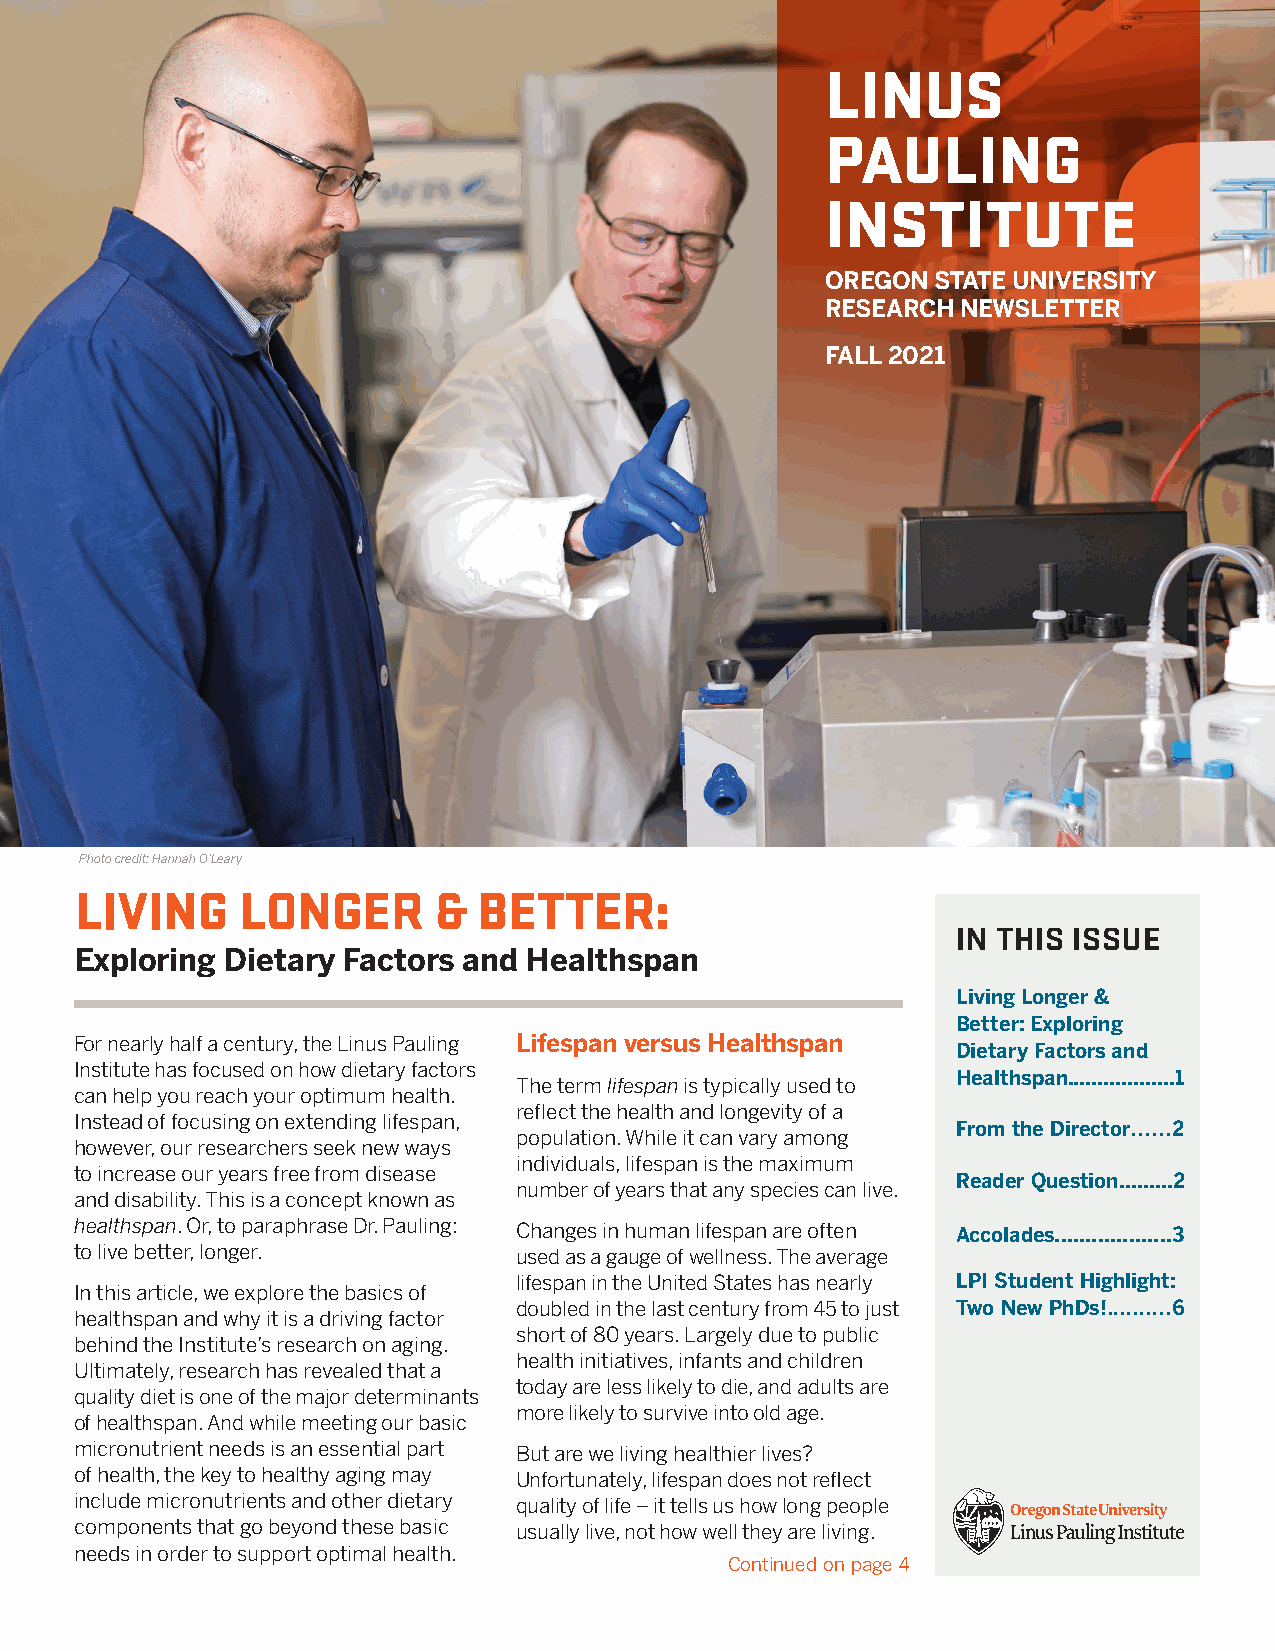
LINUS
 PAULING
 INSTITUTE
 OREGON STATE UNIVERSITY
 RESEARCH NEWSLETTER
 FALL 2021
 Photo credit: Hannah O’Leary
 LIVING     LONGER       &  BETTER:
 IN THIS ISSUE
 Exploring Dietary Factors and Healthspan
 Living Longer &
 Better: Exploring
 For nearly half a century, the Linus Pauling Lifespan versus Healthspan
 Dietary Factors and
 Institute has focused on how dietary factors
 Healthspan..................1
 The term lifespan is typically used to
 can help you reach your optimum health.
 reflect the health and longevity of a
 Instead of focusing on extending lifespan,
 From the Director......2
 population. While it can vary among
 however, our researchers seek new ways
 individuals, lifespan is the maximum
 to increase our years free from disease
 Reader Question.........2
 number of years that any species can live.
 and disability. This is a concept known as
 healthspan. Or, to paraphrase Dr. Pauling: Changes in human lifespan are often Accolades...................3
 to live better, longer.      used as a gauge of wellness. The average
 lifespan in the United States has nearly LPI Student Highlight:
 In this article, we explore the basics of
 doubled in the last century from 45 to just Two New PhDs!..........6
 healthspan and why it is a driving factor
 short of 80 years. Largely due to public
 behind the Institute’s research on aging.
 health initiatives, infants and children
 Ultimately, research has revealed that a
 today are less likely to die, and adults are
 quality diet is one of the major determinants
 more likely to survive into old age.
 of healthspan. And while meeting our basic
 micronutrient needs is an essential part But are we living healthier lives?
 of health, the key to healthy aging may Unfortunately, lifespan does not reflect
 include micronutrients and other dietary quality of life – it tells us how long people
 components that go beyond these basic usually live, not how well they are living.
 needs in order to support optimal health.
 Continued on page 4